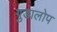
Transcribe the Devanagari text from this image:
गुडालोप